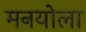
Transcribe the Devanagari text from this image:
मनयोला